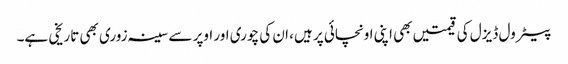
پیٹرول ڈیزل کی قیمتیں بھی اپنی اونچائی پر ہیں، ان کی چوری اور اوپر سے سینہ زوری بھی تاریخی ہے۔